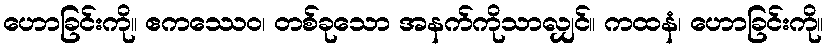
ဟောခြင်းကို။ ဧကဿေဝ၊ တစ်ခုသော အနက်ကိုသာလျှင်။ ကထနံ၊ ဟောခြင်းကို။